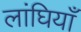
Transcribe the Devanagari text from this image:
लांघियाँ